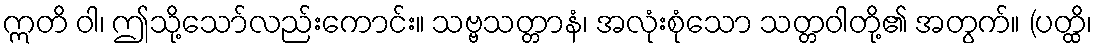
ဣတိ ဝါ၊ ဤသို့သော်လည်းကောင်း။ သဗ္ဗသတ္တာနံ၊ အလုံးစုံသော သတ္တဝါတို့၏ အတွက်။ (ပတ္ထိ၊